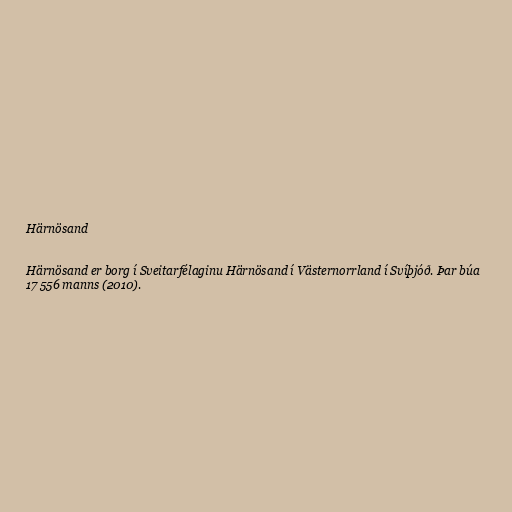
Härnösand

Härnösand er borg í Sveitarfélaginu Härnösand í Västernorrland í Svíþjóð. Þar búa
17 556 manns (2010).